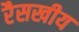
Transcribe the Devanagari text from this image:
रैसखीय